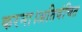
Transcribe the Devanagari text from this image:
करना।अतिवंचित